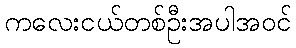
ကလေးငယ်တစ်ဦးအပါအဝင်